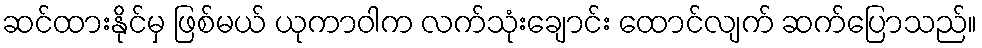
ဆင်ထားနိုင်မှ ဖြစ်မယ် ယုကာဝါက လက်သုံးချောင်း ထောင်လျက် ဆက်ပြောသည်။